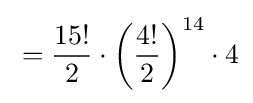
{}={\frac {15!}{2}}\cdot {\left({\frac {4!}{2}}\right)}^{14}\cdot 4